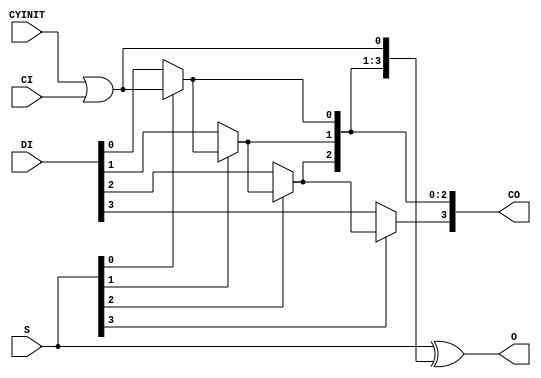
// $Header: /devl/xcs/repo/env/Databases/CAEInterfaces/verunilibs/data/rainier/CARRY4.v,v 1.5 2007/06/01 00:24:45 yanx Exp $
///////////////////////////////////////////////////////////////////////////////
// Copyright (c) 1995/2004 Xilinx, Inc.
// All Right Reserved.
///////////////////////////////////////////////////////////////////////////////
//   ____  ____
//  /   /\/   /
// /___/  \  /    Vendor : Xilinx
// \   \   \/     Version : 10.1
//  \   \         Description : Xilinx Functional Simulation Library Component
//  /   /                  Fast Carry Logic with Look Ahead 
// /___/   /\     Filename : CARRY4.v
// \   \  /  \    Timestamp : Thu Mar 25 16:42:55 PST 2004
//  \___\/\___\
//
// Revision:
//    04/11/05 - Initial version.
//    05/06/05 - Unused CYINT or CI pin need grounded instead of open (CR207752)
//    05/31/05 - Change pin order, remove connection check for CYINIT and CI.
//    05/30/07 - Change timescale to 1 ps / 1ps.
// End Revision

`timescale  1 ps / 1 ps


module CARRY4 (CO, O, CI, CYINIT, DI, S);

    output [3:0] CO;
    output [3:0] O;
    input        CI;
    input        CYINIT;
    input  [3:0] DI;
    input  [3:0] S;

    wire ci_or_cyinit;

//    initial
//       ci_or_cyinit = 0;

    assign O = S ^ {CO[2:0], ci_or_cyinit};
    assign CO[0] = S[0] ? ci_or_cyinit : DI[0];
    assign CO[1] = S[1] ? CO[0] : DI[1];
    assign CO[2] = S[2] ? CO[1] : DI[2];
    assign CO[3] = S[3] ? CO[2] : DI[3];
    assign ci_or_cyinit = CYINIT | CI;

//    always @(CYINIT or CI)
//      if (CYINIT === 1'bz || CYINIT === 1'bx) begin
//           $display("Error: CARRY4 instance, %m, detects CYINIT unconnected. Only one of CI and CYINIT inputs can be used and other one need be grounded.");
//           $finish;
//     end
//      else if (CI=== 1'bz || CI=== 1'bx) begin
//           $display("Error: CARRY4 instance, %m, detects CI unconnected. Only one of CI and CYINIT inputs can be used and other one need be grounded.");
//           $finish;
//     end
//      else 
//           ci_or_cyinit = CYINIT | CI;

endmodule